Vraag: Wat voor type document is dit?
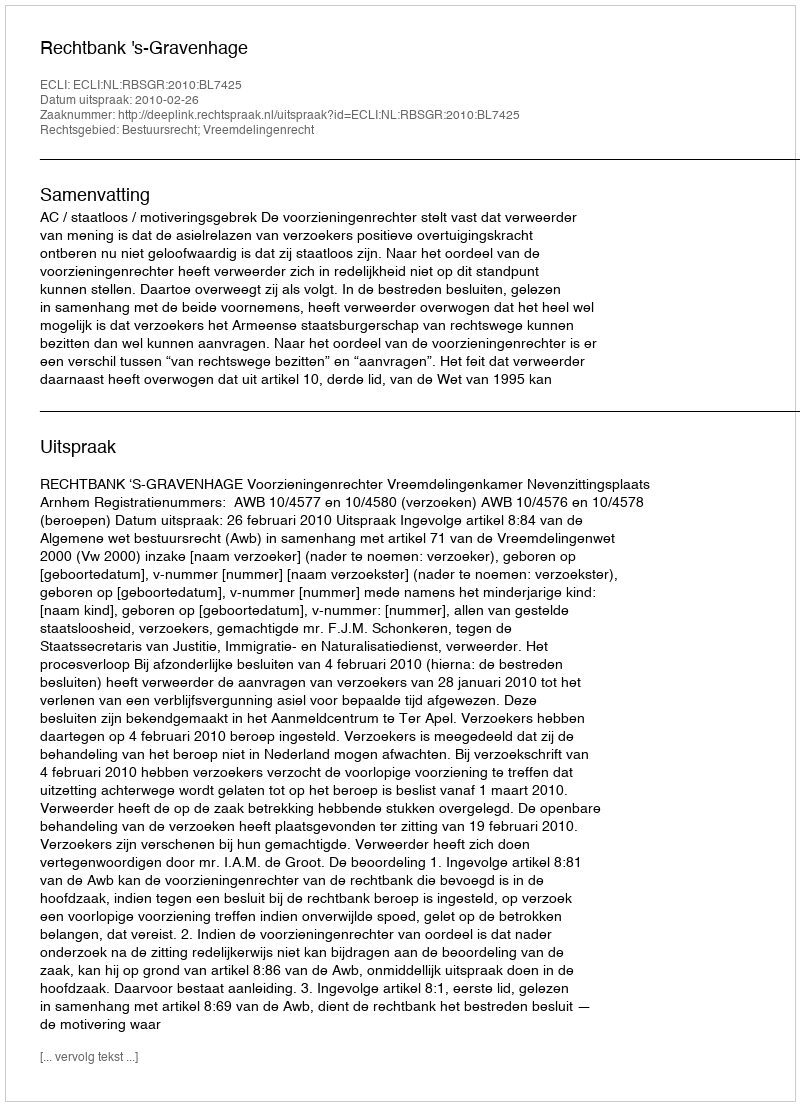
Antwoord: Uitspraak